Indian journal of veterinary science and animal husbandry - Volumes 24-25, 1954-1955
Year: 1954
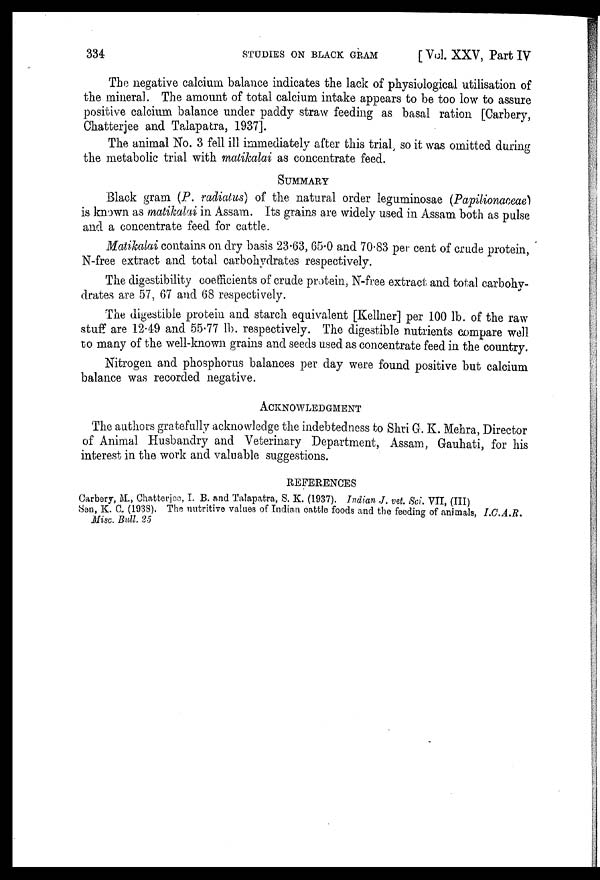
334
STUDIES
ON
BLACK
GRAM
[ Vol. XXV, Part IV
The negative calcium balance indicates the lack of physiological utilisation of
the mineral. The amount of total calcium intake appears to be too low to assure
positive calcium balance under paddy straw feeding as basal ration [Carbery,
Chatterjee and Talapatra, 1937].
The animal No. 3 fell ill immediately after this trial so it was omitted during
the metabolic trial with matikalai as concentrate feed.
SUMMARY
Black gram (P. radiatus) of the natural order leguminosae (Papiliomceae)
is known as matikalai in Assam. Its grains are widely used in Assam both as pulse
and a concentrate feed for cattle.
Matikalai contains on dry basis 23.63, 65.0 and 70.83 per cent of crude protein,
N-free extract and total carbohydrates respectively.
The digestibility coefficients of crude protein, N-free extract and total carbohy-
drates are 57, 67 and 68 respectively.
The digestible protein and starch equivalent [Kellner] per 100 lb. of the raw
stuff are 12.49 and 55.77 lb. respectively. The digestible nutrients compare well
to many of the well-known grains and seeds used as concentrate feed in the country.
Nitrogen and phosphorus balances per day were found positive but calcium
balance was recorded negative.
ACKNOWLEDGMENT
The authors gratefully acknowledge the indebtedness to Shri G. K. Mehra, Director
of Animal Husbandry and Veterinary Department, Assam, Gauhati, for his
interest in the work and valuable suggestions.
REFERENCES
Carbery, M., Chatterjee, I. B. and Talapatra, S. K. (1937). Indian J. vet. Sci. VII, (III)
Sen, K. C. (1938). The nutritive values of Indian cattle foods and the feeding of animals, I.C.A.R.
Misc. Bull. 25